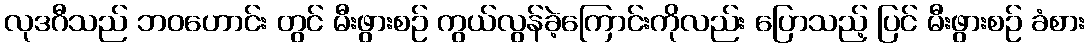
လုဒဂီသည် ဘဝဟောင်း တွင် မီးဖွားစဉ် ကွယ်လွန်ခဲ့ကြောင်းကိုလည်း ပြောသည့် ပြင် မီးဖွားစဉ် ခံစား